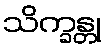
သိက္ခန္တု